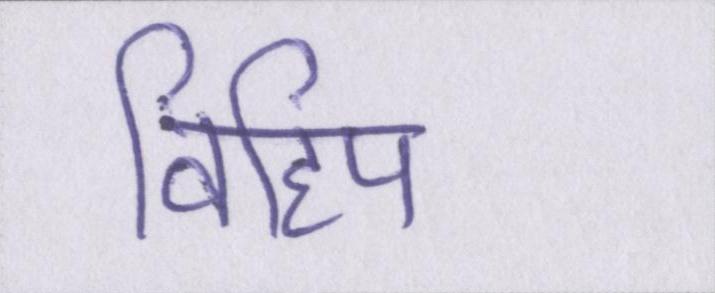
विहिप